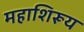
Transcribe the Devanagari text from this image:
महाशिरूय